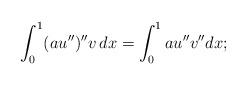
LaTeX: \begin{align*}\int_{0}^{1}(au'')''v\,dx=\int_{0}^{1}au''v''dx;\end{align*}